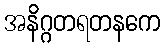
အနိဂ္ဂတရတနကေ